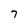
Character: 7